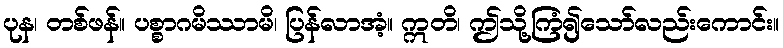
ပုန၊ တစ်ဖန်။ ပစ္စာဂမိဿာမိ၊ ပြန်လာအံ့။ ဣတိ၊ ဤသို့ကြံ၍သော်လည်းကောင်း။